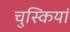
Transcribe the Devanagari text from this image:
चुस्कियां